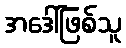
အဒေါ်ဖြစ်သူ